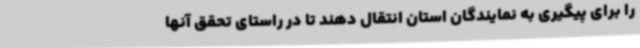
را برای پیگیری به نمایندگان استان انتقال دهند تا در راستای تحقق آنها